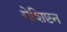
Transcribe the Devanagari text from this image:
गेशिष्टन